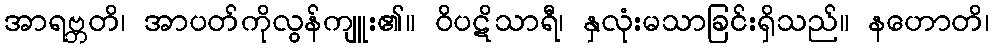
အာရဗ္ဘတိ၊ အာပတ်ကိုလွန်ကျူး၏။ ဝိပဋိသာရီ၊ နှလုံးမသာခြင်းရှိသည်။ နဟောတိ၊